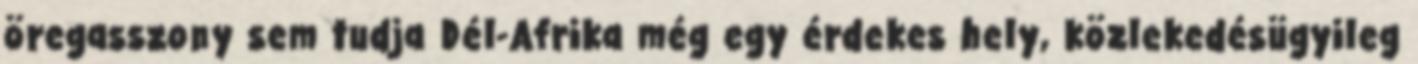
öregasszony sem tudja Dél-Afrika még egy érdekes hely, közlekedésügyileg